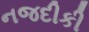
નજદીકી